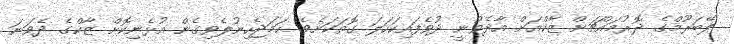
ލޭބަރޫމްގެ ދޮރުމައްޗަށް ޒާކްއަށް އާދެވުނީ ދުވެފައިކަހަލަ ގޮތަކަށެވެ. ހަމަޖެހިނުލެވިގެން އުޅެނިކޮށް ޒާކްގެ ދެވަނަ